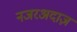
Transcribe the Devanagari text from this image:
नजरअदाज़